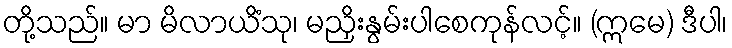
တို့သည်။ မာ မိလာယိံသု၊ မညှိးနွမ်းပါစေကုန်လင့်။ (ဣမေ) ဒီပါ၊